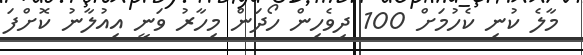
މާލެ ކުނި ކެހުމަށް 100 ދިވެހިން ހޯދަން މިހާރު ވަނީ އިއުލާނު ކޮށްފަ